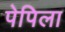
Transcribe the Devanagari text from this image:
पेपिला